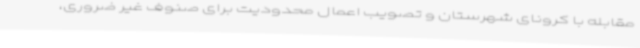
مقابله با کرونای شهرستان و تصویب اعمال محدودیت برای صنوف غیر ضروری،